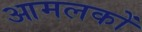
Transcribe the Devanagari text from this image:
आमलकों